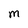
Character: M